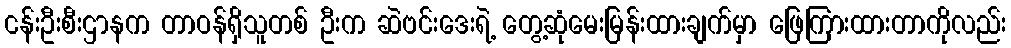
ငန်းဦးစီးဌာနက တာဝန်ရှိသူတစ် ဦးက ဆဲဗင်းဒေးရဲ့ တွေ့ဆုံမေးမြန်းထားချက်မှာ ဖြေကြားထားတာကိုလည်း